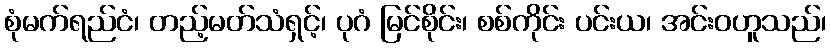
စုံမက်ရည်ငံ၊ တည့်မတ်သံရှင့်၊ ပုဂံ မြင်စိုင်း၊ စစ်ကိုင်း ပင်းယ၊ အင်းဝဟူသည်၊